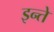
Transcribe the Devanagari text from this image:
इन्ते